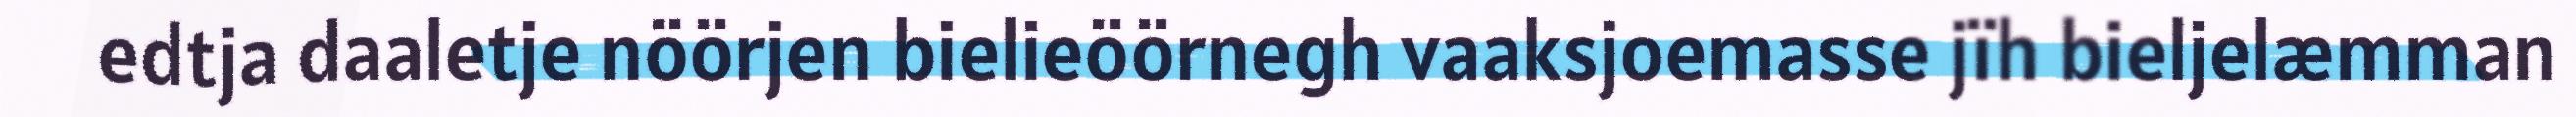
edtja daaletje nöörjen bielieöörnegh vaaksjoemasse jïh bieljelæmman